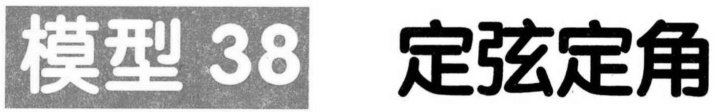
模型 38 定弦定角